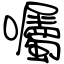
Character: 囑